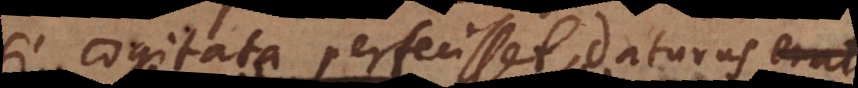
si cogitata perfecisset, daturus nobis